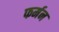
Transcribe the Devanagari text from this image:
फर्मन